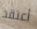
أعتقد